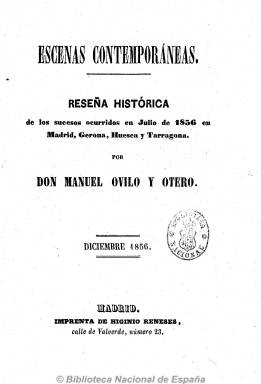
Título: Escenas contemporáneas
Colección: Cultura
Ámbito geográfico: Madrid
Lugar de publicación: Madrid
Fechas: 01/01/1856-31/12/1883

Especie de revista fundada y dirigida por el historiador, bibliógrafo y biógrafo Manuel Ovilo y Otero (1826-1885), que fue oficial de la Biblioteca Nacional de España, y que comienza a redactar a partir de julio de 1856. Sus entregas o cuadernos tuvieron una periodicidad irregular (a veces bimensual, otras trimestral, cuatrimestral o semestral e, incluso, anual), en donde da cabida a una variedad de contenidos, donde resaltan los de carácter biográfico y necrológico de célebres personajes del mundo de la política, la historia, la literatura y la cultura, así como otros genealógicos, de los que fue también especialista.

Comienza siendo una reseña de los sucesos ocurridos en diferentes capitales y regiones españolas, especie de crónica contemporánea sobre asuntos diversos, que junto a los de carácter biográfico, va aumentando con otros de tipo histórico, diplomático, institucional, bibliográfico y, muy especialmente, parlamentario, muchos de ellos en forma de pequeños ensayos. También publica otro tipo de documentos (cartas, discursos, etc.), así como noticias generales o anecdóticas.

De tal forma que a lo largo de su existencia, la revista va adoptado diversos subtítulos que reflejan sus diversos contenidos, como revista biográfica de los hombres más notables del siglo XIX en todas las carreras del Estado, apuntes para la historia crítica de las sesiones del Congreso y del Senado, todos los ministerios y principales ayuntamientos de España, o revista general parlamentaria, de política, científica, literaria, de artes, comercio, agricultura y teatros.

Ovilo y Otero, amigo de Antonio Alcalá Galiano y de ideología conservadora, codirigió las primeras entregas de la revista junto a Justo Canales Gómez. La mayor parte de los artículos son obra suya, pero otros, como los de creación literaria o poética, a los que también dio cabida en esta obra periódica, corresponden a otros autores.

Ovilo editó sus Escenas contemporáneas hasta 1884, un año antes de su fallecimiento, formando tomos de diversa paginación, en relación con su mayor o menor frecuencia de aparición, y que cuentan al final de cada uno con el correspondiente índice.